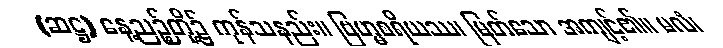
(ဆဋ္ဌ) နေ့ညဉ့်တို့၌ ကုန်သနည်း။ ဗြဟ္မစရိယဿ၊ မြတ်သော အကျင့်၏။ မလံ၊